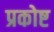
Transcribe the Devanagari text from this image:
प्रकोष्ट